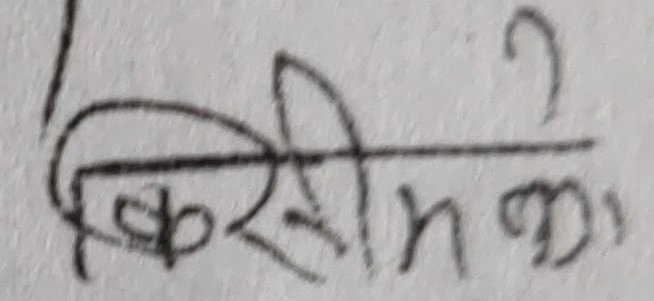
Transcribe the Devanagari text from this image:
किसीम को २